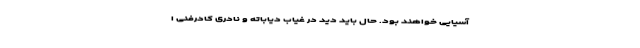
آسیایی خواهند بود. حال باید دید در غیاب دیاباته و نادری کادرفنی ا